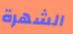
الشهرة